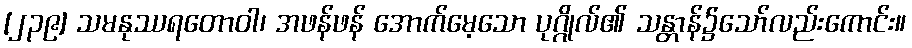
[၂၃၉] သမနုဿရတောဝါ၊ အဖန်ဖန် အောက်မေ့သော ပုဂ္ဂိုလ်၏ သန္တာန်၌သော်လည်းကောင်း။